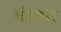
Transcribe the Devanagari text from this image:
मंत्रसार